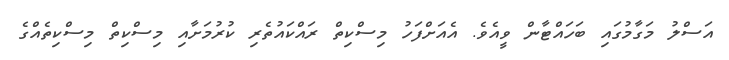
އަސްލު މަގާމުގައި ބަހައްޓާން ވީއެވެ. އެއަށްފަހު މިސްކިތް ރައްކައުތެރި ކުރުމަށާއި މިސްކިތް މިސްކިތެއްގެ